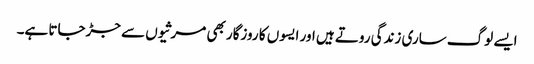
ایسے لوگ ساری زندگی روتے ہیں اور ایسوں کا روزگار بھی مرثیوں سے جڑجاتا ہے۔